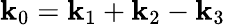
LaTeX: \mathbf{k}_{0}=\mathbf{k}_{1}+\mathbf{k}_{2}-\mathbf{k}_{3}